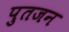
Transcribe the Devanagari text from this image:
पुतजन